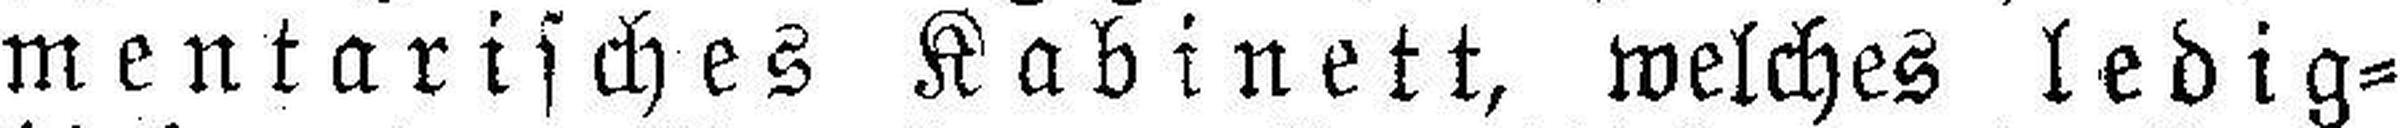
mentarisches Kabinett, welches ledig¬